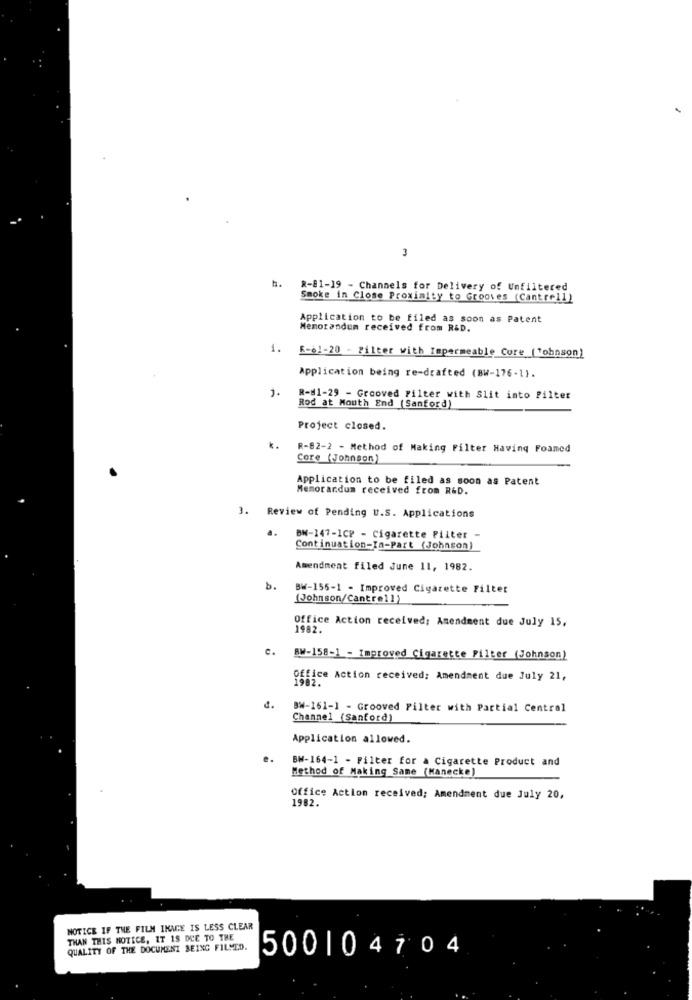
3
h.
2-01-19 - Channels for Delivery of Unfiltered
Smoke in Close Proximity to Grooves (Cantrell)
Application to be filed as soon as Patent
Memorandum received from R&D.
1.
R-61-20 - Filter with Impermeable Core ("ohnson)
Application being re-drafted (BW-176-1).
1.
R-81-29 - Grooved Filter with Slit into Filter
Rod at Mouth End (Sanford)
Project closed.
k.
R-82-2 - Method of Making Filter Having Foamed
Core (Johnson)
Application to be filed as soon as Patent
Memorandum received from R&D.
3. Review of Pending U.S. Applications
a.
BN-147-1CP - Cigarette Filter -
Continuation-In-Part (Johnson)
Amendment filed June 11, 1982.
b.
BW-156-1 - Improved Cigarette Filter
(Johnson/Cantre11)
Office Action received: Amendment due July 15,
1982.
c.
BW-158-1 - Improved Cigarette Filter (Johnson)
Office Action received: Amendment due July 21,
BW-161-1 - Grooved Filter with Partial Central
Channel (Sanford)
Application allowed.
e.
BW-164-1 - Filter for a Cigarette Product and
Method of Making Same (Manecke)
Office Action received; Amendment due July 20,
1982.
NOTICE IF THE FILM IMAGE IS LESS CLEAR
THAN THIS NOTICE, IT IS DUE TO THE
QUALITY OF THE DOCUMENT BEING FILMED.
500104704